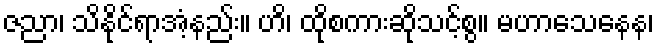
ဇညာ၊ သိနိုင်ရာအံ့နည်း။ ဟိ၊ ထိုစကားဆိုသင့်စွ။ မဟာသေနေန၊